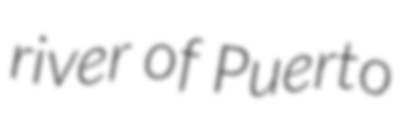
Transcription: river of Puerto